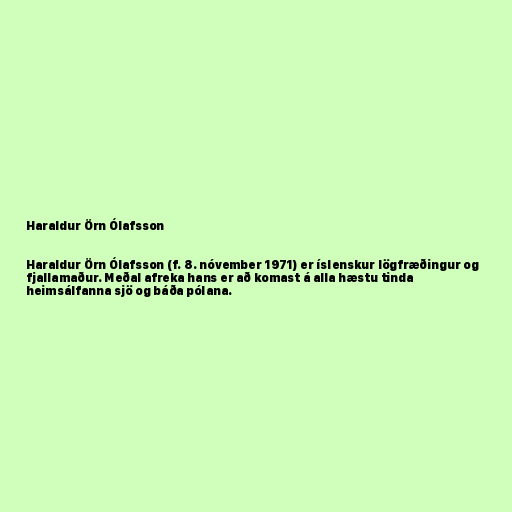
Haraldur Örn Ólafsson

Haraldur Örn Ólafsson (f. 8. nóvember 1971) er íslenskur lögfræðingur og
fjallamaður. Meðal afreka hans er að komast á alla hæstu tinda
heimsálfanna sjö og báða pólana.